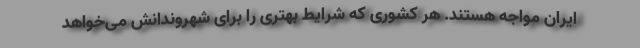
ایران مواجه هستند. هر کشوری که شرایط بهتری را برای شهروندانش می‌خواهد